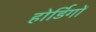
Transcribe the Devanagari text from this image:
होर्डिगों